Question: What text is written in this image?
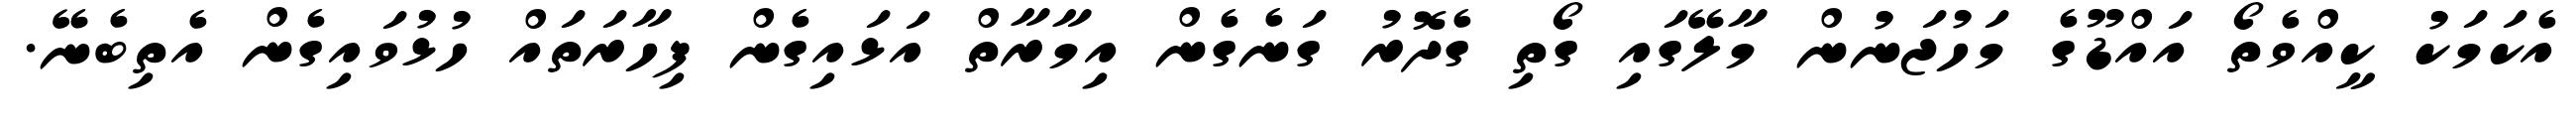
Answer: އެކަމަކު ކީއްވެތޯ އައްޑޫގެ މަހުޖަނުން މާލޭގައި ގޯތި ގެދޮރު ގަނެގެން އިމާރާތް އަޅައިގެން ފިހާރަތައް ހުޅުވައިގެން އެތިބެނޭ.